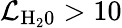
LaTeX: \mathcal{L}_{\mathrm{{H_{2}0}}}>10